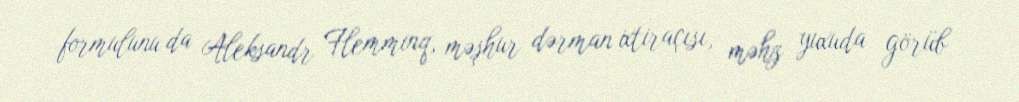
formulunu da Aleksandr Flemminq, məşhur dərman ixtiraçısı, məhz yuxuda görüb